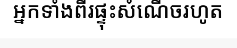
អ្នកទាំងពីរផ្ទុះសំណើចរហូត